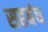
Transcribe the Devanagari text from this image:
सहबंध